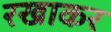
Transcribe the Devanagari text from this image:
रखाकर